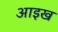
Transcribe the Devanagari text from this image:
आइख